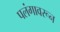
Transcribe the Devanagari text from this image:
पलंगावरून